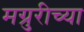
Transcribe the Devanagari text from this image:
मग्रुरीच्या